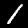
Digit: 1